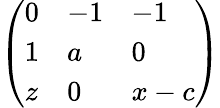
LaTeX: \left(\begin{array}{lll}{0}&{-1}&{-1}\\ {1}&{a}&{0}\\ {z}&{0}&{x-c}\end{array}\right)